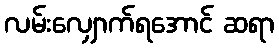
လမ်းလျှောက်ရအောင် ဆရာ